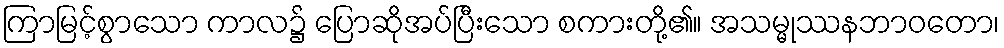
ကြာမြင့်စွာသော ကာလ၌ ပြောဆိုအပ်ပြီးသော စကားတို့၏။ အသမ္မုဿနဘာဝတော၊